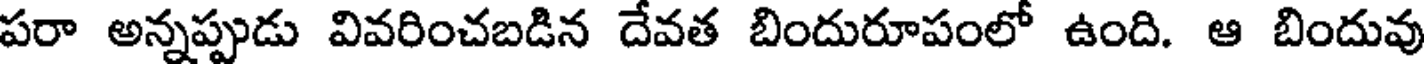
పరా అన్నప్పుడు వివరించబడిన దేవత బిందురూపంలో ఉంది. ఆ బిందువు